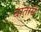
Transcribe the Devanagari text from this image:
बातांसे